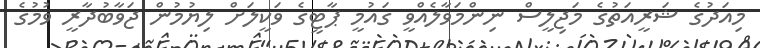
މިއަދުގެ ޝަރީއަތުގެ މަޖިލީސް ނިންމަވާލެއްވީ ގައުމީ ޕާޓީގެ ވަކީލަށް ލިޔުމުން ޖަވާބުދާރީ ވުމުގެ